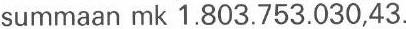
summaan mk 1.803.753.030,43.